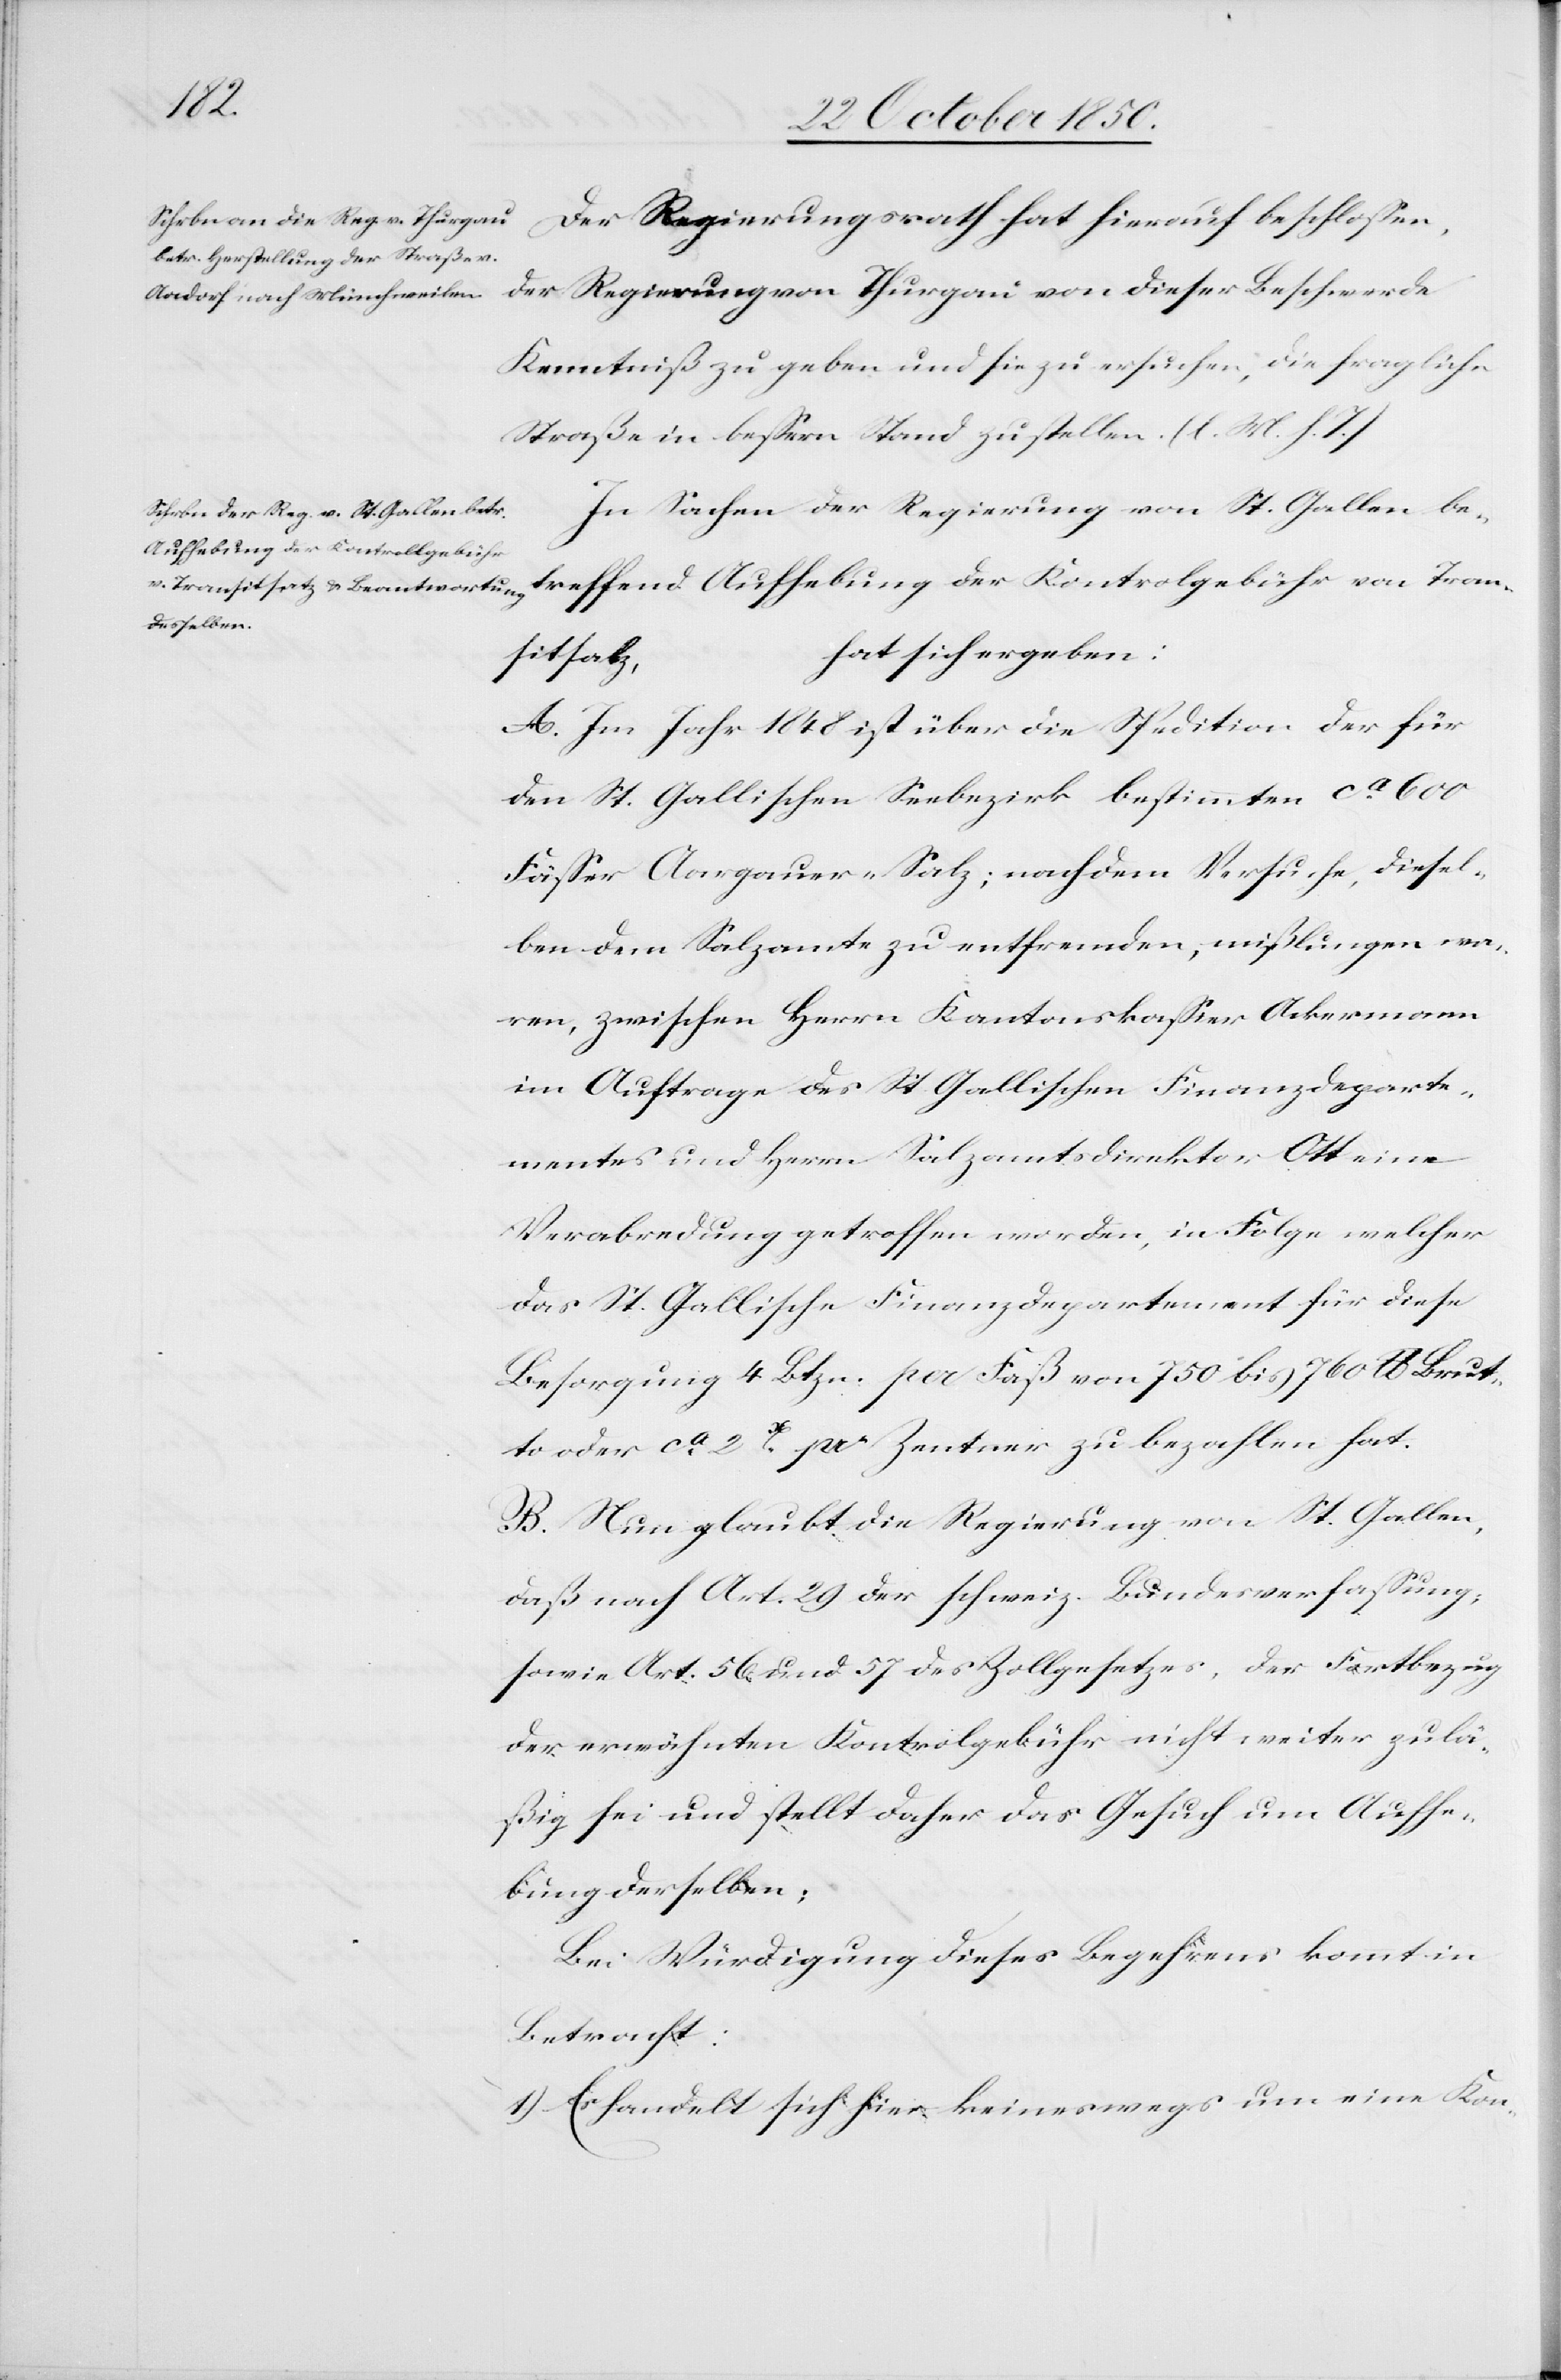
Der Regierungsrath hat hierauf beschlossen,
der Regierung von Thurgau von dieser Beschwerde
Kenntniß zu geben und sie zu ersuchen, die fragliche
Straße in bessern Stand zu stellen. (l. M. h. T.)
In Sachen der Regierung von St. Gallen be¬
treffend Aufhebung der Kontrolgebühr von Tran¬
hat sich ergeben:
sitsalz,
A. Im Jahr 1848 ist über die Spedition der für
den St. Gallischen Seebezirk bestimmten ca 600
Fässer Aargauer-Salz; nachdem Versuche, diesel¬
ben dem Salzamte zu entfremden, mißlungen wa¬
ren, zwischen Herrn Kantonskassier Ackermann
im Auftrage des St. Gallischen Finanzdeparte¬
mentes und Herrn Salzamtsdirektor Ott eine
Verabredung getroffen worden, in Folge welcher
das St. Gallische Finanzdepartemente für diese
Besorgung 4 Btzn. per Faß von 750 bis 760 lb Brut¬
to oder ca 2 X[r] pro Zentner zu bezahlen hat.
B. Nun glaubt die Regierung von St. Gallen,
daß nach Art. 29 der schweiz. Bundesverfassung,
sowie Art. 56 und 57 des Zollgesetzes, der Fortbezug
der erwähnten Kontrolgebühr nicht weiter zulä¬
ßig sei und stellt daher das Gesuch um Aufhe¬
bung derselben;
Bei Würdigung dieses Begehrens kommt in
Betracht:
1) Es handelt sich hier keineswegs um eine Kon-